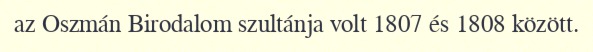
az Oszmán Birodalom szultánja volt 1807 és 1808 között.